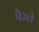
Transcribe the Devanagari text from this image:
पैज्ले